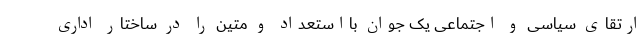
ارتقای سیاسی و اجتماعی یک جوان بااستعداد و متین را در ساختار اداری